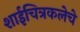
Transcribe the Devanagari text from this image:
शाईचित्रकलेचे